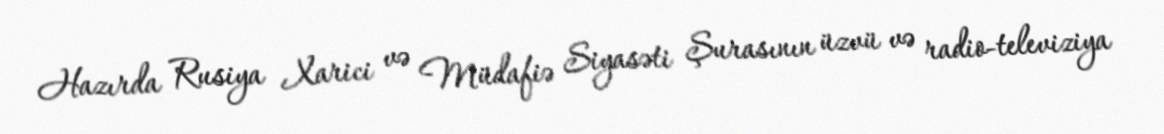
Hazırda Rusiya Xarici və Müdafiə Siyasəti Şurasının üzvü və radio-televiziya